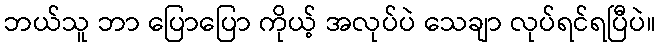
ဘယ်သူ ဘာ ပြောပြော ကိုယ့် အလုပ်ပဲ သေချာ လုပ်ရင်ရပြီပဲ။